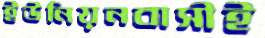
ইউনিয়নবাসীই